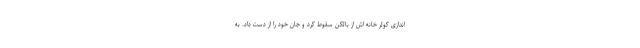
اندازی کولر خانه اش از بالکن سقوط کرد و جان خود را از دست داد. به